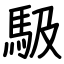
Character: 馺